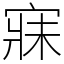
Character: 寐